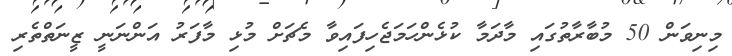
މިނިވަން 50 މުބާރާތުގައި މާދަމާ ކުޅެންހަމަޖެހިފައިވާ މެޗަށް މުޅި މާފަރު އަންނަނީ ޒީނަތްތެރި